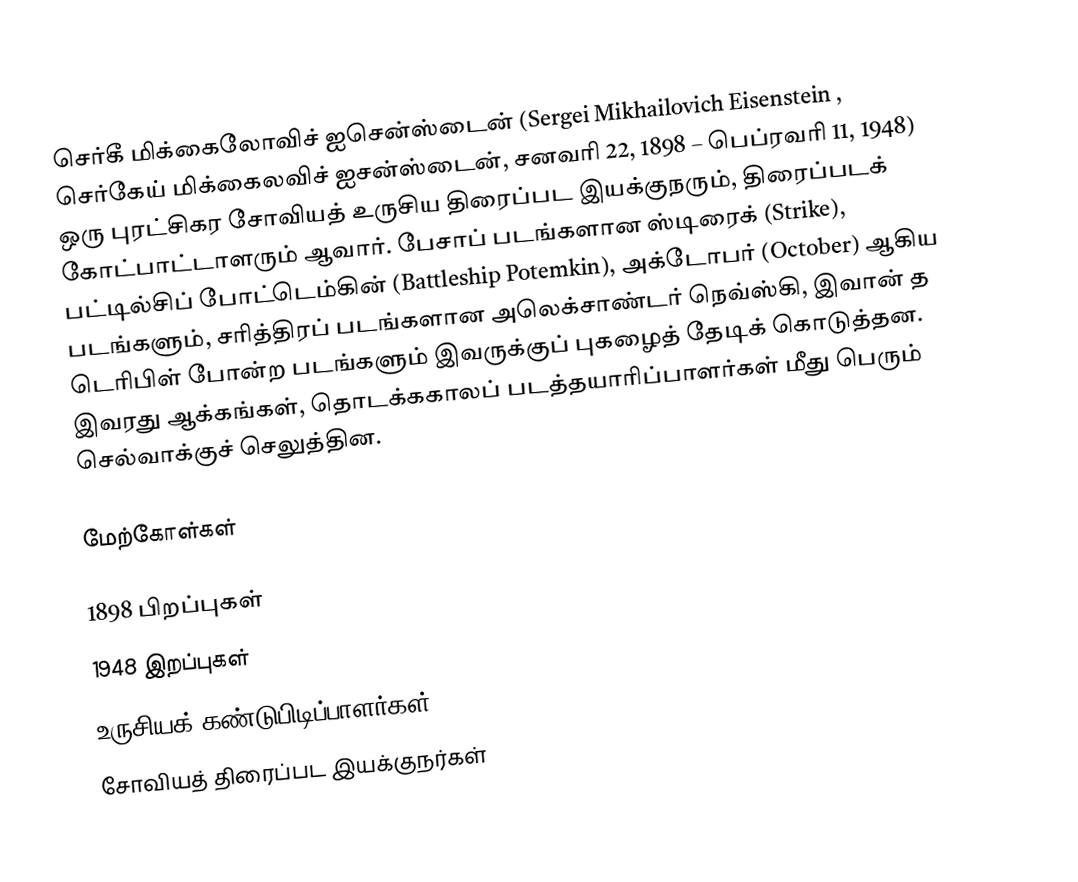
செர்கீ மிக்கைலோவிச் ஐசென்ஸ்டைன் (Sergei Mikhailovich Eisenstein , செர்கேய் மிக்கைலவிச் ஐசன்ஸ்டைன், சனவரி 22, 1898 – பெப்ரவரி 11, 1948) ஒரு புரட்சிகர சோவியத் உருசிய திரைப்பட இயக்குநரும், திரைப்படக் கோட்பாட்டாளரும் ஆவார். பேசாப் படங்களான ஸ்டிரைக் (Strike), பட்டில்சிப் போட்டெம்கின் (Battleship Potemkin), அக்டோபர் (October) ஆகிய படங்களும், சரித்திரப் படங்களான அலெக்சாண்டர் நெவ்ஸ்கி, இவான் த டெரிபிள் போன்ற படங்களும் இவருக்குப் புகழைத் தேடிக் கொடுத்தன. இவரது ஆக்கங்கள், தொடக்ககாலப் படத்தயாரிப்பாளர்கள் மீது பெரும் செல்வாக்குச் செலுத்தின.

மேற்கோள்கள்

1898 பிறப்புகள்
1948 இறப்புகள்
உருசியக் கண்டுபிடிப்பாளர்கள்
சோவியத் திரைப்பட இயக்குநர்கள்